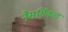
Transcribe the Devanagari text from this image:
नैसर्गिकच